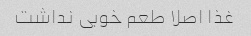
غذا اصلا طعم خوبی نداشت